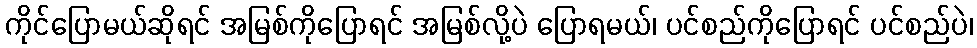
ကိုင်ပြောမယ်ဆိုရင် အမြစ်ကိုပြောရင် အမြစ်လို့ပဲ ပြောရမယ်၊ ပင်စည်ကိုပြောရင် ပင်စည်ပဲ၊